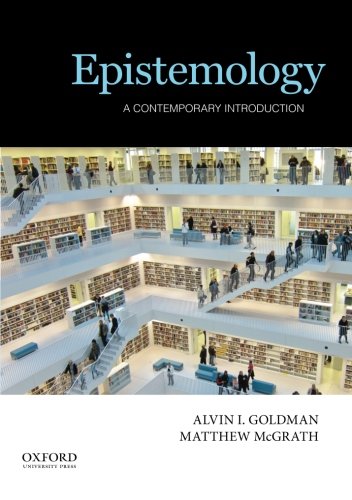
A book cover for Epistemology: A Contemporary Introduction; Alvin I. Goldman; Politics & Social Sciences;